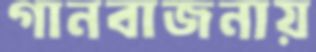
গানবাজনায়